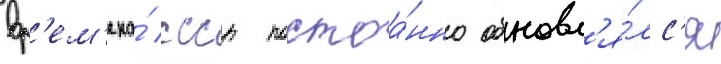
вр'ем'ена́ ссср постоа́нно обновл'я́лс'я